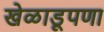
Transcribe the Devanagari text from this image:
खेळाडूपणा